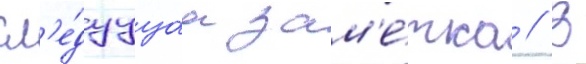
сл'е́дуущаа зам'е́тка // В